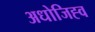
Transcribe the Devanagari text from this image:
अधोजिह्व